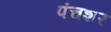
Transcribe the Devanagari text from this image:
पंचशर